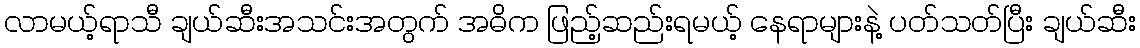
လာမယ့်ရာသီ ချယ်ဆီးအသင်းအတွက် အဓိက ဖြည့်ဆည်းရမယ့် နေရာများနဲ့ ပတ်သတ်ပြီး ချယ်ဆီး